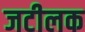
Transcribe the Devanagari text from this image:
जटीलक